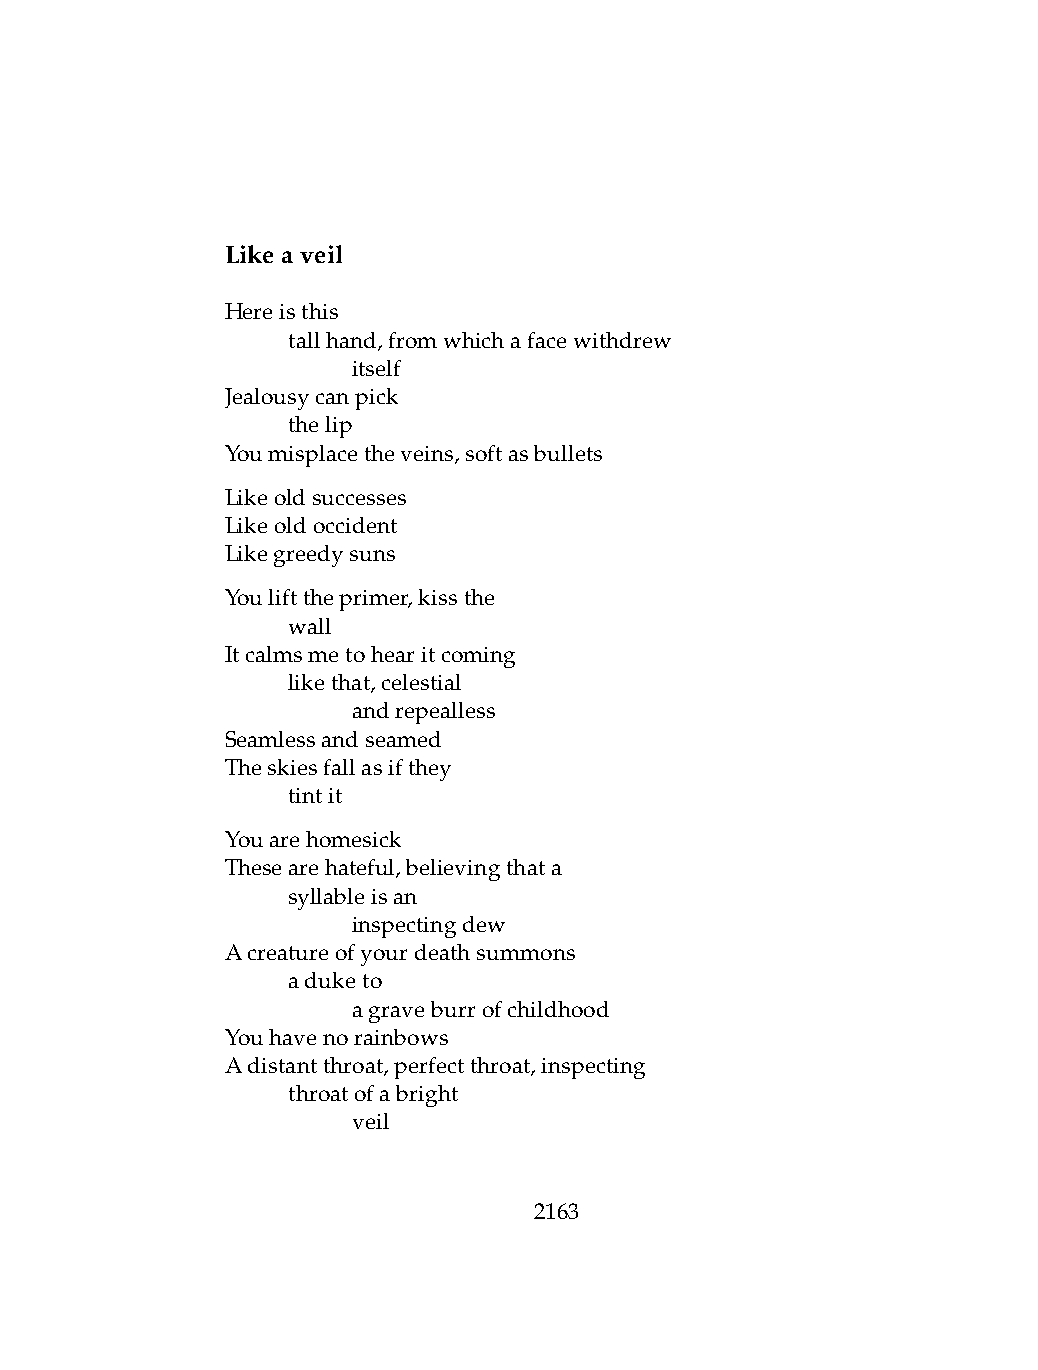
Likeaveil
 Hereisthis
 .   tallhand,fromwhichafacewithdrew
 .   .   itself
 Jealousycanpick
 .   thelip
 Youmisplacetheveins,softasbullets
 Likeoldsuccesses
 Likeoldoccident
 Likegreedysuns
 Youlifttheprimer,kissthe
 .   wall
 Itcalmsmetohearitcoming
 .   likethat,celestial
 .   .   andrepealless
 Seamlessandseamed
 Theskiesfallasifthey
 .   tintit
 Youarehomesick
 Thesearehateful,believingthata
 .   syllableisan
 .   .   inspectingdew
 Acreatureofyourdeathsummons
 .   aduketo
 .   .   agraveburrofchildhood
 Youhavenorainbows
 Adistantthroat,perfectthroat,inspecting
 .   throatofabright
 .   .   veil
 2163